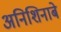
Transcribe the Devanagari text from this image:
अनिशिनाबे